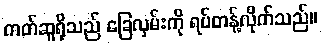
ကတ်ဆူရိုသည် ခြေလှမ်းကို ရပ်တန့်လိုက်သည်။